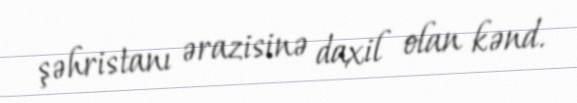
şəhristanı ərazisinə daxil olan kənd.